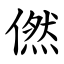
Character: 㒄